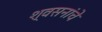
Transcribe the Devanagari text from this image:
श्वसनांचे